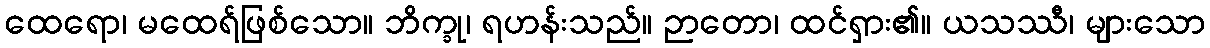
ထေရော၊ မထေရ်ဖြစ်သော။ ဘိက္ခု၊ ရဟန်းသည်။ ဉာတော၊ ထင်ရှား၏။ ယသဿီ၊ များသော